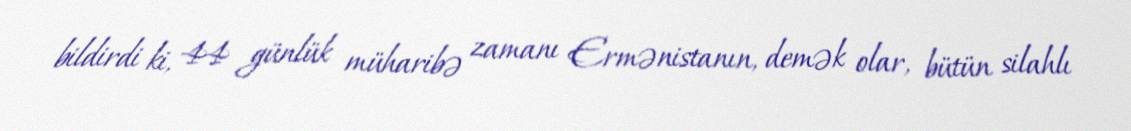
bildirdi ki, 44 günlük müharibə zamanı Ermənistanın, demək olar, bütün silahlı